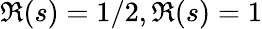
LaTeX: \Re(s)=1/2,\Re(s)=1